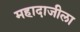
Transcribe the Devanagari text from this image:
महादाजीला